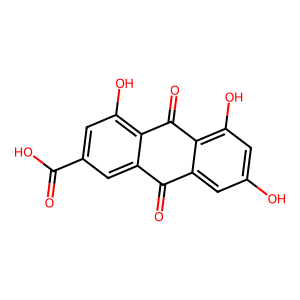
SMILES: O=C(O)c1cc(O)c2c(c1)C(=O)c1cc(O)cc(O)c1C2=O
Inhibits HIV replication: No